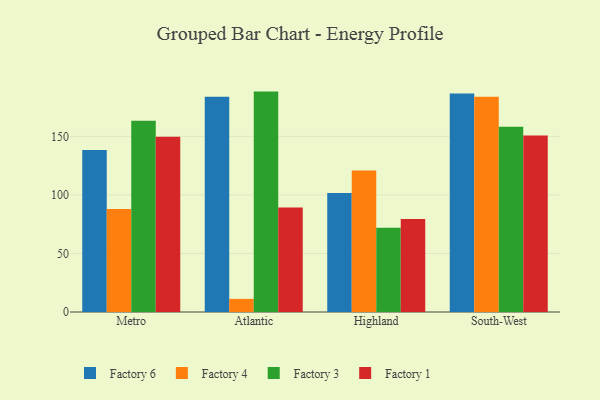
{"axis": {"x": "Region", "y": "Population (Million)"}, "legend": ["Factory 1", "Factory 3", "Factory 4", "Factory 6"], "data": [{"x": "Metro", "y": 138.3, "type": "Factory 6"}, {"x": "Metro", "y": 87.9, "type": "Factory 4"}, {"x": "Metro", "y": 163.3, "type": "Factory 3"}, {"x": "Metro", "y": 149.7, "type": "Factory 1"}, {"x": "Atlantic", "y": 183.7, "type": "Factory 6"}, {"x": "Atlantic", "y": 11.2, "type": "Factory 4"}, {"x": "Atlantic", "y": 188.2, "type": "Factory 3"}, {"x": "Atlantic", "y": 89.3, "type": "Factory 1"}, {"x": "Highland", "y": 101.7, "type": "Factory 6"}, {"x": "Highland", "y": 120.9, "type": "Factory 4"}, {"x": "Highland", "y": 72.0, "type": "Factory 3"}, {"x": "Highland", "y": 79.4, "type": "Factory 1"}, {"x": "South-West", "y": 186.5, "type": "Factory 6"}, {"x": "South-West", "y": 183.9, "type": "Factory 4"}, {"x": "South-West", "y": 158.2, "type": "Factory 3"}, {"x": "South-West", "y": 150.8, "type": "Factory 1"}]}